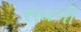
સઘળી